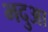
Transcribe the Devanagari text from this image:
भदुआ